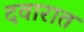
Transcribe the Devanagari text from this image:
दवारात